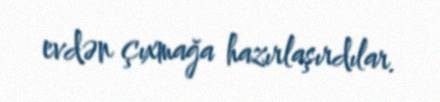
evdən çıxmağa hazırlaşırdılar.